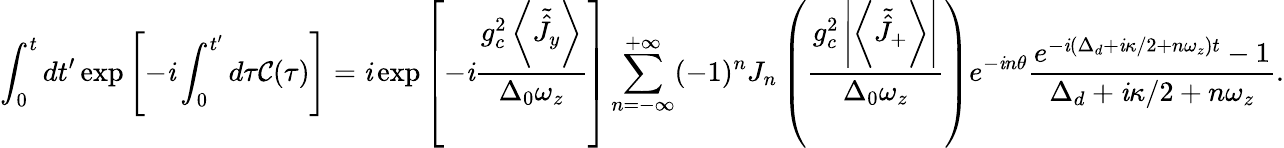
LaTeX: \int_{0}^{t}dt^{\prime}\exp\left[-\mathit{i}\int_{0}^{t^{\prime}}d\tau\mathcal{{C}}(\tau)\right]=\mathit{i}\exp\left[-\mathit{i}\frac{{g_{c}^{2}\left\langle\tilde{{\hat{{J}}}}_{y}\right\rangle}}{{\Delta_{0}\omega_{z}}}\right]\sum_{n=-\infty}^{+\infty}(-1)^{n}J_{n}\left(\frac{{g_{c}^{2}\left|\left\langle\tilde{{\hat{{J}}}}_{+}\right\rangle\right|}}{{\Delta_{0}\omega_{z}}}\right)e^{-\mathit{i}n\theta}\frac{{e^{-\mathit{i}\left(\Delta_{d}+\mathit{i}\kappa/2+n\omega_{z}\right)t}-1}}{{\Delta_{d}+\mathit{i}\kappa/2+n\omega_{z}}}.